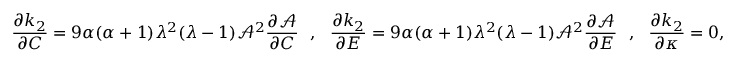
\frac { \partial k _ { 2 } } { \partial C } = 9 \alpha ( \alpha + 1 ) \lambda ^ { 2 } ( \lambda - 1 ) \mathcal { A } ^ { 2 } \frac { \partial \mathcal { A } } { \partial C } ~ ~ , ~ ~ \frac { \partial k _ { 2 } } { \partial E } = 9 \alpha ( \alpha + 1 ) \lambda ^ { 2 } ( \lambda - 1 ) \mathcal { A } ^ { 2 } \frac { \partial \mathcal { A } } { \partial E } ~ ~ , ~ ~ \frac { \partial k _ { 2 } } { \partial \kappa } = 0 ,